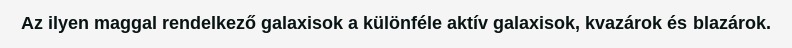
Az ilyen maggal rendelkező galaxisok a különféle aktív galaxisok, kvazárok és blazárok.